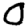
Digit: 0